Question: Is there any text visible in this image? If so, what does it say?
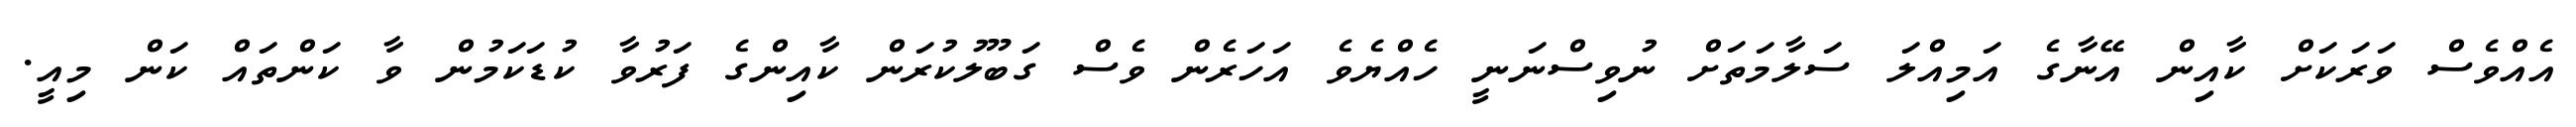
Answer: އެއްވެސް ވަރަކަށް ކާއިން އޭނާގެ އަމިއްލަ ސަލާމަތަށް ނުވިސްނަނީ ހެއްޔެވެ އަހަރެން ވެސް ގަބޫލުކުރަން ކާއިންގެ ފަރުވާ ކުޑަކަމުން ވާ ކަންތައް ކަން މިއީ.